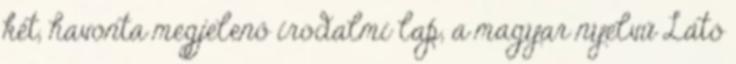
két, havonta megjelenő irodalmi lap, a magyar nyelvű Látó